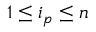
1 \leq i _ { p } \leq n